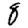
Digit: 8